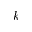
k